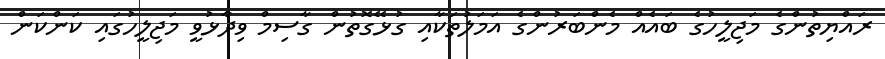
ރައްޔިތުންގެ މަޖިލީހުގެ ބައެއް މެންބަރުންގެ އަމަލުތަކާއި ގުޅޭގޮތުން ގާސިމް ވިދާޅުވީ މަޖިލީހުގައި ކަންކަން